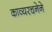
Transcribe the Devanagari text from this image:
काव्यरचनेने